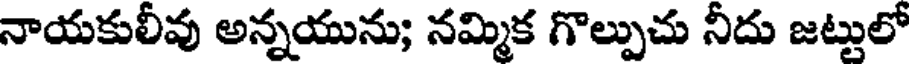
నాయకులీవు అన్నయును; నమ్మిక గొల్పుచు నీదు జట్టులో